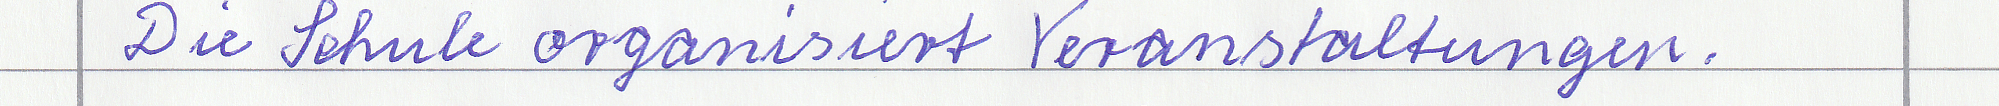
Die Schule organisiert Veranstaltungen.